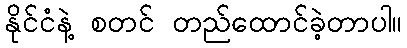
နိုင်ငံနဲ့ စတင် တည်ထောင်ခဲ့တာပါ။